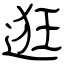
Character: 逛